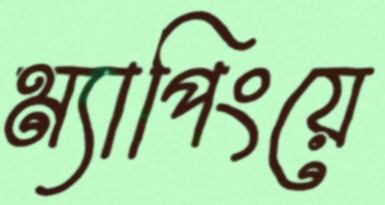
ম্যাপিংয়ে